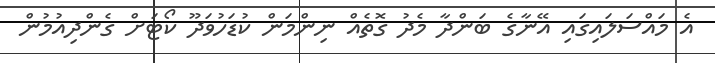
އެ މައްސަލައިގައި އޭނާގެ ބަންދާ މެދު ގޮތެއް ނިންމަން ކުޑަހުވަދޫ ކޯޓަށް ގެންދިއުމުން